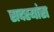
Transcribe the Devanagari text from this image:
सदस्यांस